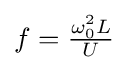
f={\tfrac {\omega _{0}^{2}L}{U}}